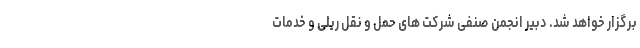
برگزار خواهد شد. دبیر انجمن صنفی شرکت های حمل‌ و نقل ریلی و خدمات